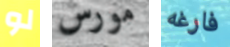
لو مورس فارغه